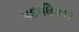
પદાધિકાર